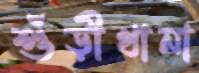
শুঁড়ীখানা